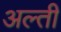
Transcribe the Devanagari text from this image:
अल्ती